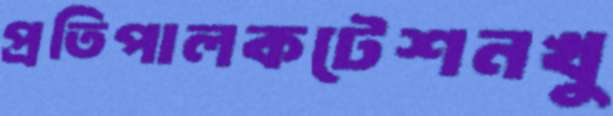
প্রতিপালকটেশনখু